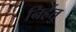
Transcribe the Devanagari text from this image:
निर्हेतु